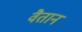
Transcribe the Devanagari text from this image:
वैतान